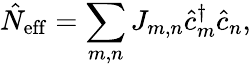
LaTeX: \hat{N}_{\mathrm{eff}}=\sum_{m,n}J_{m,n}\hat{c}_{m}^{\dagger}\hat{c}_{n},